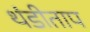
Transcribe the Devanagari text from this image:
थंडीताप